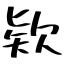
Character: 欵